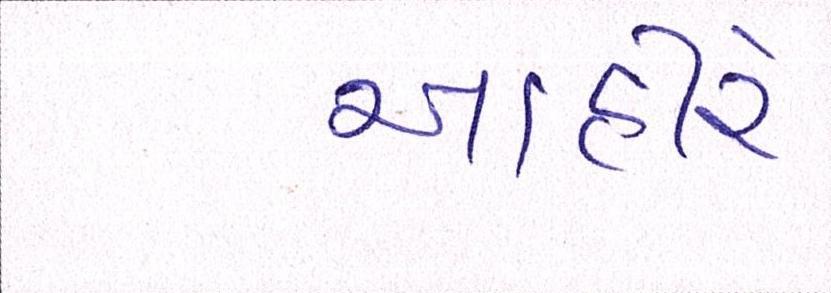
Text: આહીરે